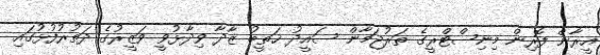
އީރާން ފޮރިން މިނިސްޓްރީގެ ތަރުޖަމާން ސައީދު ޚަތީބު ޒާދާ ވިދާޅުވީ ވަޒީރުގެ ދަތުރުފުޅުގައި